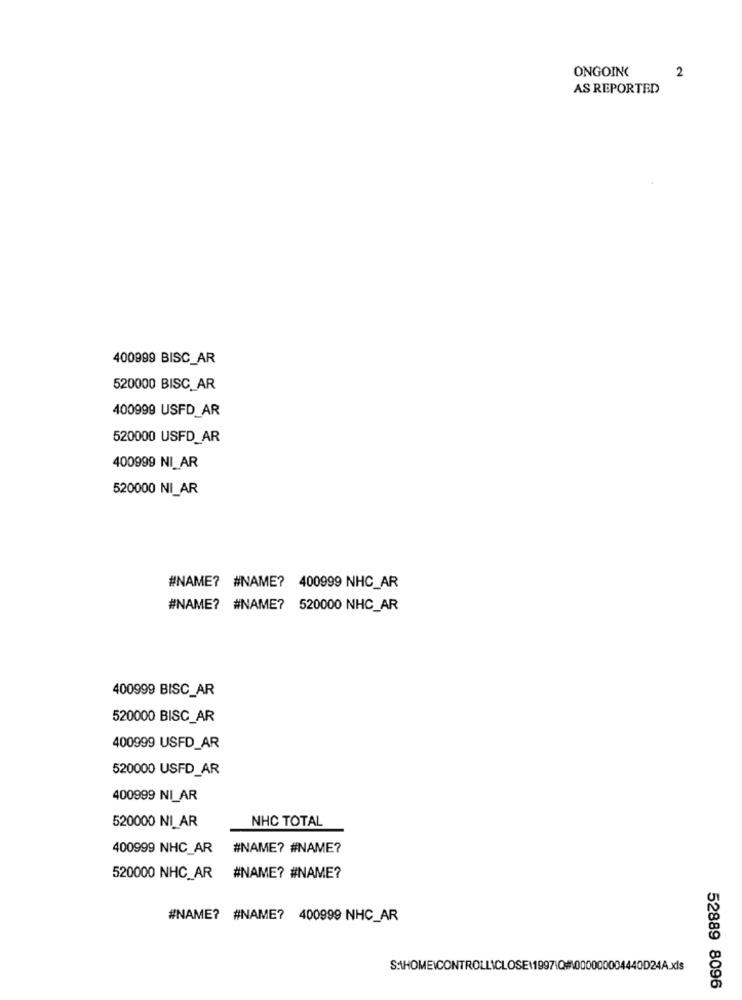
ONGOING
2
AS REPORTED
400999 BISC_AR
520000 BISC_ AR
400999 USFD_AR
520000 USFD_AR
400999 NI_AR
520000 NI_AR
#NAME? #NAME? 400999 NHC_AR
#NAME? #NAME? 520000 NHC_AR
400999 BISC_AR
520000 BISC_AR
400999 USFD_AR
520000 USFD_AR
400999 NL_AR
520000 NI_AR
NHC TOTAL
400999 NHC_AR
#NAME? #NAME?
520000 NHC_AR #NAME? #NAME?
#NAME? #NAME? 400999 NHC_AR
S:\HOMEICONTROLLICLOSE\1997\Q#000000004440D24A.xls
52889 8096